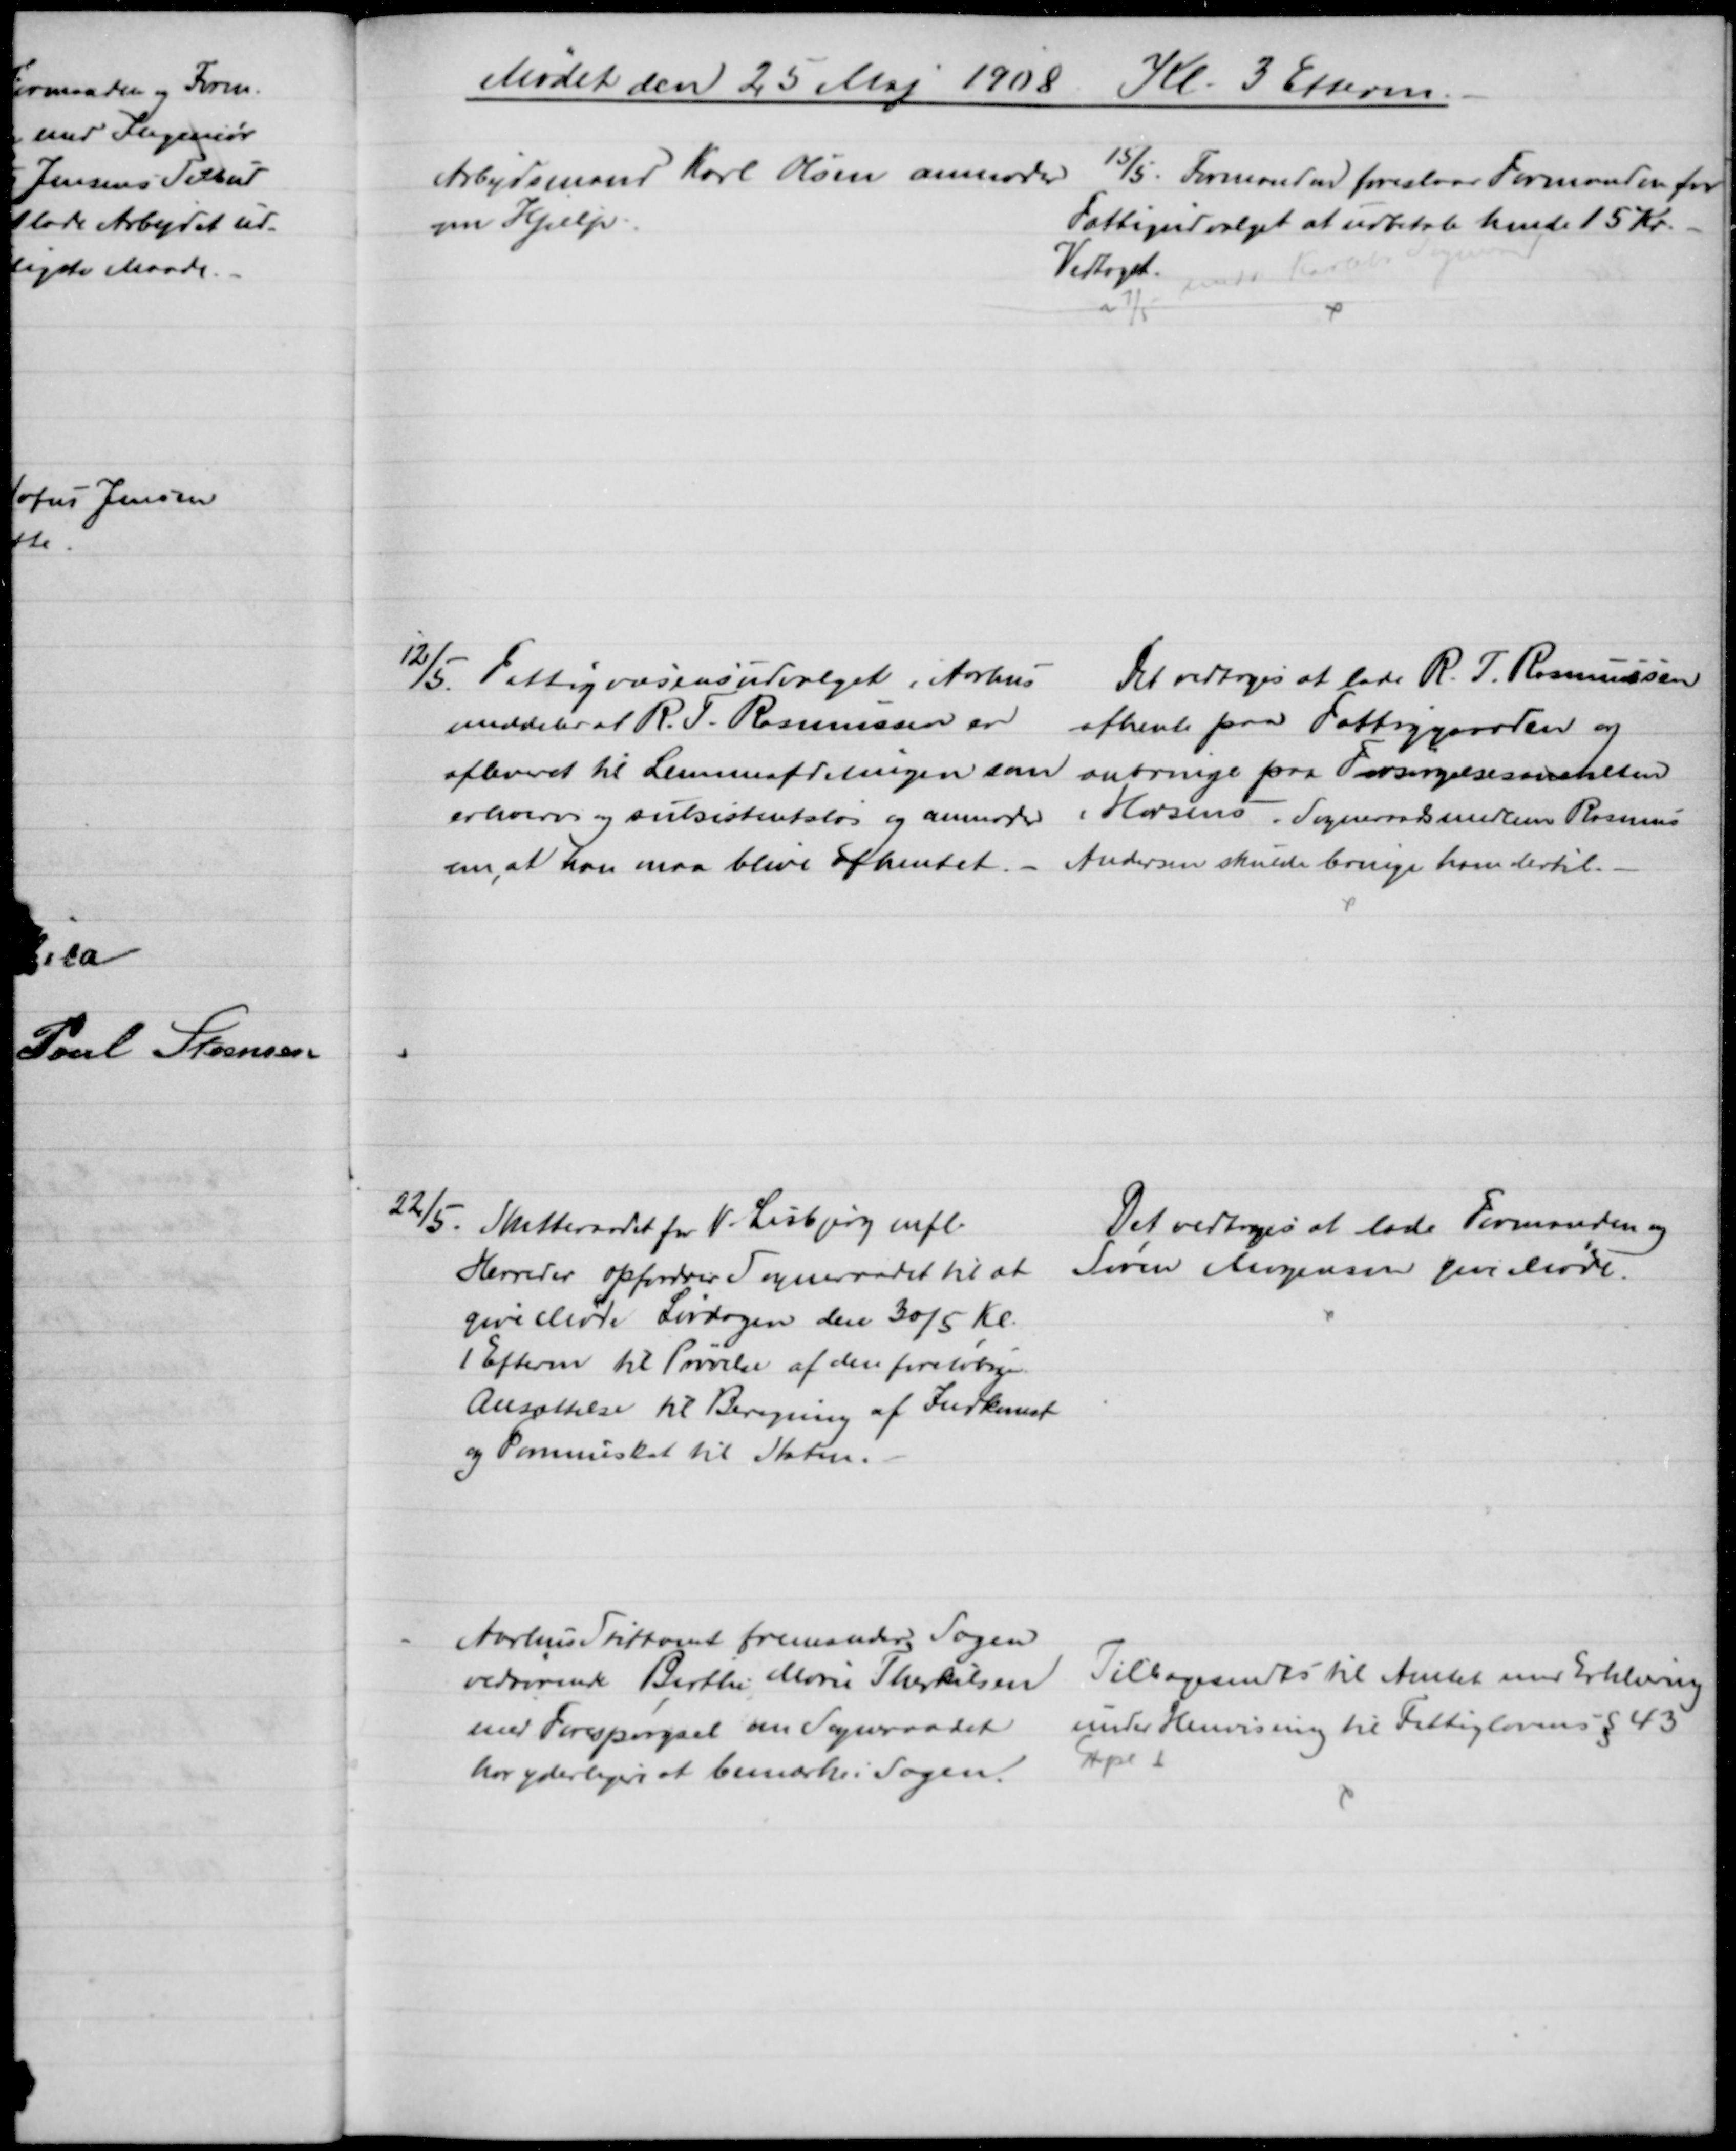
Transskription:
Mødet den 25 Maj 1908 Kl. 3 Efterm.
Arbejdsmand Karl Olsen anmoder 
om Hjælp.
15/5. Formanden foreslaar Formanden for
Fattigudvalget at udbetale hende 15 Kr.
Vedtaget.
12/5. Fattigvæsensudvalget i Aarhus
meddeler at R. T. Rasmussen er
afleveret til Lemmeafdelingen som
erhvervs og subsistentsløs og anmoder
om, at han maa blive afhentet. 
Det vedtoges at lade R. T. Rasmussen
afhente paa Fattiggaarden og
anbringe paa Forsørgelsesanstalten
i Horsens. Sogneraadsmedlem Rasmus
Andersen skulde bringe ham dertil.
22/5. Skatteraadet for V. Lisbjerg mfl.
Herreder opfordrer Sogneraadet til at
give Møde Lørdagen den 30/5 Kl.
1 Efterm til Prøvelse af den foreløbige
Ansættelse til Beregning af Indkomst
og Formueskat til Staten.
Det vedtoges at lade Formanden og
Søren Mogensen give Møde.
Aarhus Stiftamt fremsender Sagen
vedrørende Birthe Marie Therkilsen
med Forespørgsel om Sogneraadet
har yderligere at bemærke i Sagen.
Tilbagesendtes til Amtet med Erklæring
under Henvisning til Fattiglovens § 43